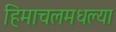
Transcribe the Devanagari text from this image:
हिमाचलमधल्या